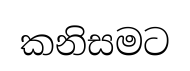
කනිසමට